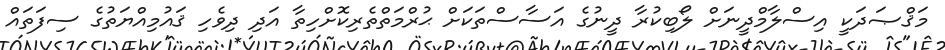
މަޤްޞަދަކީ އިސްލާމްދީނަށް ލޯބިކުރާ ދީނުގެ އަސާސްތަކަށް ޙުރްމަތްތެރިކޮށްހިތާ އަދި ދިވެހި ޤައުމިއްޔަތުގެ ސިފަތައް